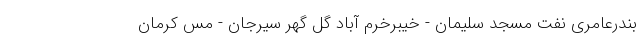
بندرعامری نفت مسجد سلیمان - خیبرخرم آباد گل گهر سیرجان - مس کرمان